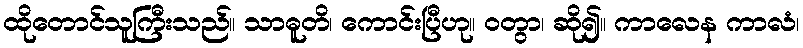
ထိုတောင်သူကြီးသည်။ သာဓူတိ၊ ကောင်းပြီဟု။ ဝတွာ၊ ဆို၍။ ကာလေန ကာလံ၊